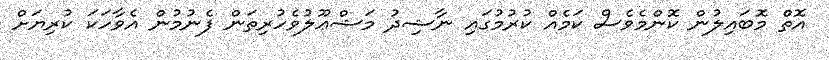
އޮތް މޮބައިލުން ކޮންމެވެސް ކަމެއް ކުރުމުގައި ނާޝިދު މަޝްޢޫލުވެހުރިތަން ފެނުމުން އެވާހަކަ ކުރިޔަށް